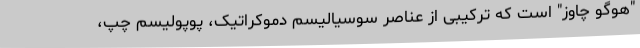
"هوگو چاوز" است که ترکیبی از عناصر سوسیالیسم دموکراتیک، پوپولیسم چپ،